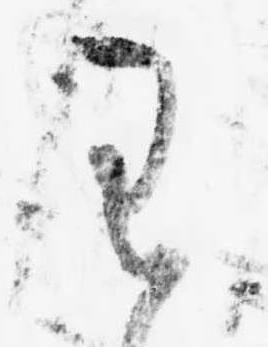
わ